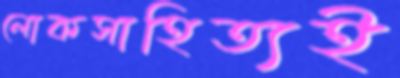
লোকসাহিত্যই